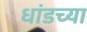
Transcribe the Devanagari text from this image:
धांडच्या